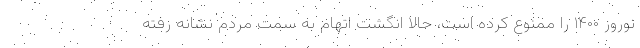
نوروز ۱۴۰۰ را ممنوع کرده است، حالا انگشت اتهام به سمت مردم نشانه رفته